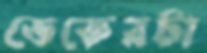
ডেকেরটা